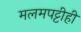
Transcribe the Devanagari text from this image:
मलमपट्टीही